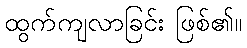
ထွက်ကျလာခြင်း ဖြစ်၏။